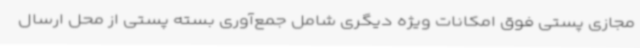
مجازی پستی فوق امکانات ویژه دیگری شامل جمع‌آوری بسته پستی از محل ارسال